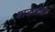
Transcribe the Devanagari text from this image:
बाकाटक